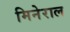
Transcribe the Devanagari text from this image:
मिनेराल